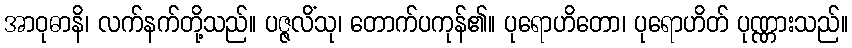
အာဝုဓာနိ၊ လက်နက်တို့သည်။ ပဇ္ဇလိံသု၊ တောက်ပကုန်၏။ ပုရောဟိတော၊ ပုရောဟိတ် ပုဏ္ဏားသည်။